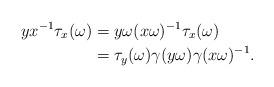
LaTeX: \begin{align*} yx^{-1}\tau_x(\omega)&=y\omega(x\omega)^{-1}\tau_x(\omega)\\ &=\tau_y(\omega)\gamma(y\omega)\gamma(x\omega)^{-1}.\end{align*}